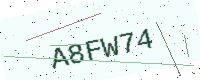
Text: A8FW74